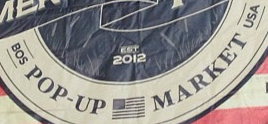
BOS POP-UP MARKET USA